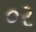
૦ર